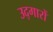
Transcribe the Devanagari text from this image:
उद्‌गारों